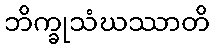
ဘိက္ခုသံဃဿာတိ